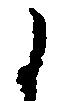
候